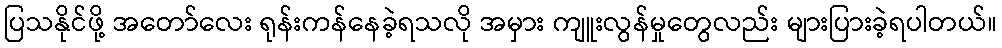
ပြသနိုင်ဖို့ အတော်လေး ရုန်းကန်နေခဲ့ရသလို အမှား ကျူးလွန်မှုတွေလည်း များပြားခဲ့ရပါတယ်။